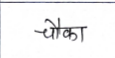
मजकूर: चौका